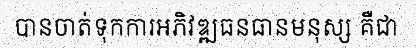
បានចាត់ទុកការអភិវឌ្ឍធនធានមនុស្ស គឺជា